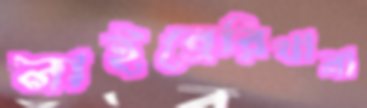
লাইব্রেরিখানা